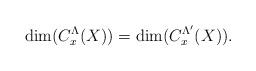
LaTeX: \begin{align*}\dim(C_x^{\Lambda}(X))=\dim(C_x^{\Lambda'}(X)).\end{align*}